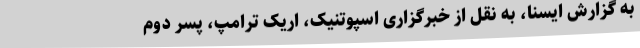
به گزارش ایسنا، به نقل از خبرگزاری اسپوتنیک، اریک ترامپ، پسر دوم